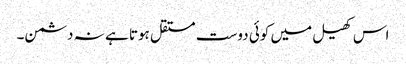
اس کھیل میں کوئی دوست مستقل ہوتا ہے نہ دشمن۔